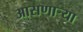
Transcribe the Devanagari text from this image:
आसणाऱ्या